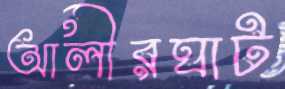
আলীরঘাট